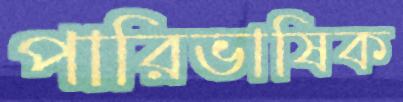
পারিভাষিক